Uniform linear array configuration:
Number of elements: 16
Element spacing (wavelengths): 1
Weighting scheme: hann
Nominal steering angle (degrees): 0
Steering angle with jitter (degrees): -0.4873
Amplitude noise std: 0.05
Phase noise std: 0.05

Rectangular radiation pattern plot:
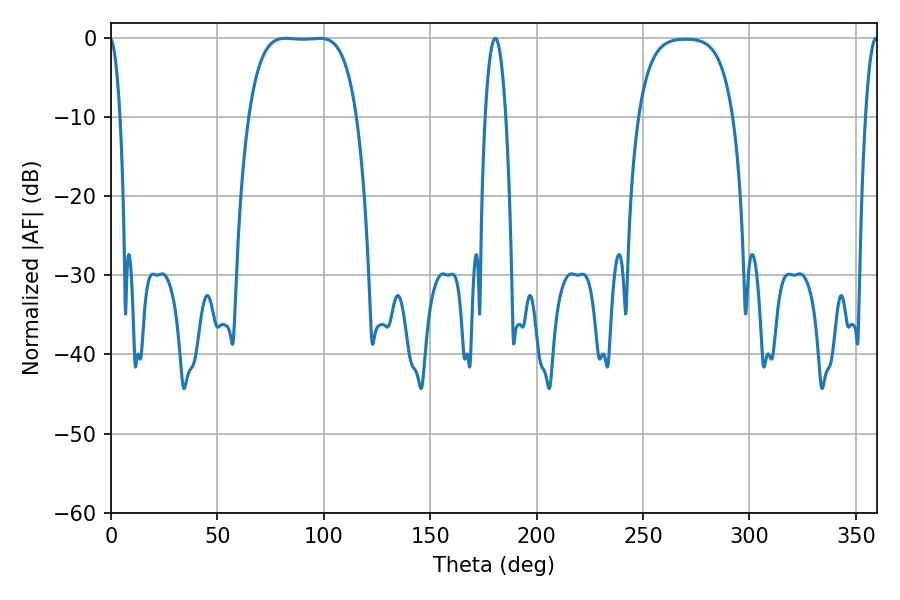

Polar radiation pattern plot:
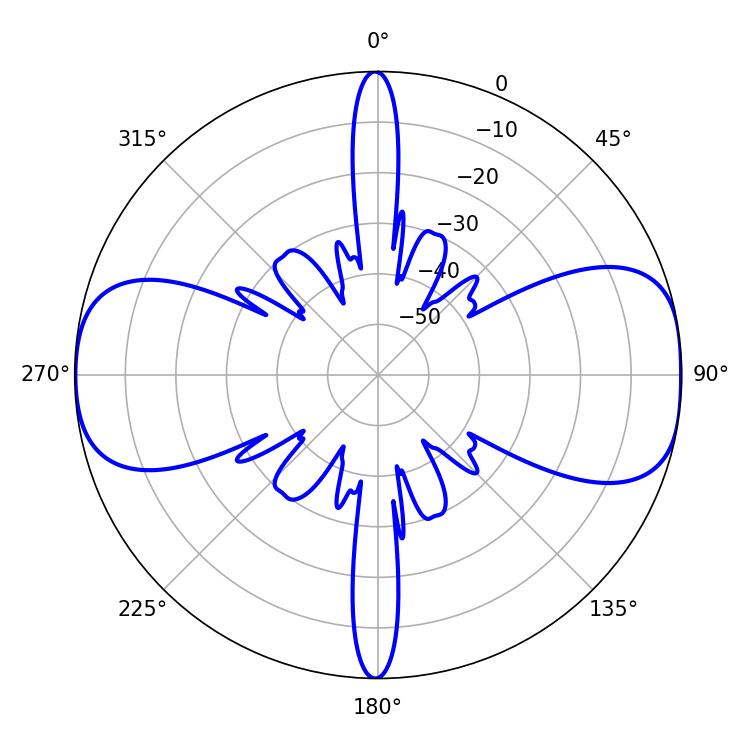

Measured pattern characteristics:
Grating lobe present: TRUE
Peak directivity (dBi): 11.612
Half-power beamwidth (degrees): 39.24
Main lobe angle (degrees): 81.9